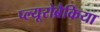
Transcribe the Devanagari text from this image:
प्ल्यूरोब्रैकिया